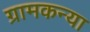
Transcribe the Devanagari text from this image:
ग्रामकन्या